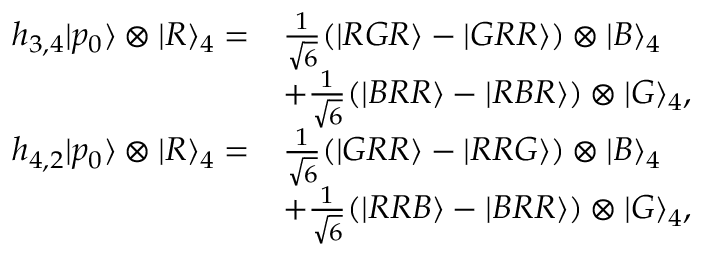
\begin{array} { r l } { h _ { 3 , 4 } | p _ { 0 } \rangle \otimes | R \rangle _ { 4 } = } & { \frac { 1 } { \sqrt { 6 } } ( | R G R \rangle - | G R R \rangle ) \otimes | B \rangle _ { 4 } } \\ & { + \frac { 1 } { \sqrt { 6 } } ( | B R R \rangle - | R B R \rangle ) \otimes | G \rangle _ { 4 } , } \\ { h _ { 4 , 2 } | p _ { 0 } \rangle \otimes | R \rangle _ { 4 } = } & { \frac { 1 } { \sqrt { 6 } } ( | G R R \rangle - | R R G \rangle ) \otimes | B \rangle _ { 4 } } \\ & { + \frac { 1 } { \sqrt { 6 } } ( | R R B \rangle - | B R R \rangle ) \otimes | G \rangle _ { 4 } , } \end{array}